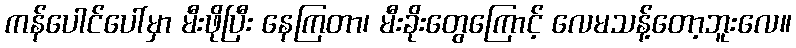
ကန်ပေါင်ပေါ်မှာ မီးဖိုပြီး နေကြတာ၊ မီးခိုးတွေကြောင့် လေမသန့်တော့ဘူးလေ။